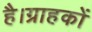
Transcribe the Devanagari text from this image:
है।ग्राहकों